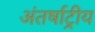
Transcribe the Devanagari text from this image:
अंतर्षाट्रीय